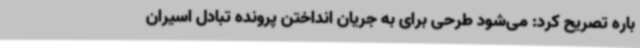
باره تصریح کرد: می‌شود طرحی برای به جریان انداختن پرونده تبادل اسیران